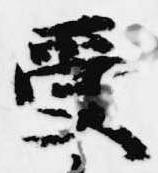
受